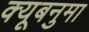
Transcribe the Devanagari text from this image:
क्यूबनुमा